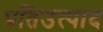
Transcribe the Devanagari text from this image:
प्रतिउत्पाद